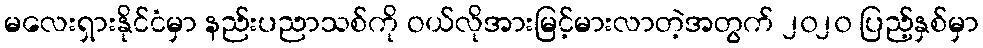
မလေးရှားနိုင်ငံမှာ နည်းပညာသစ်ကို ဝယ်လိုအားမြင့်မားလာတဲ့အတွက် ၂၀၂၀ ပြည့်နှစ်မှာ